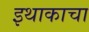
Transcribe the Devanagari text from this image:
इथाकाचा